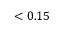
< 0 . 1 5